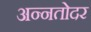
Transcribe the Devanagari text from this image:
अन्नतोदर